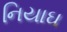
નિયાઘ